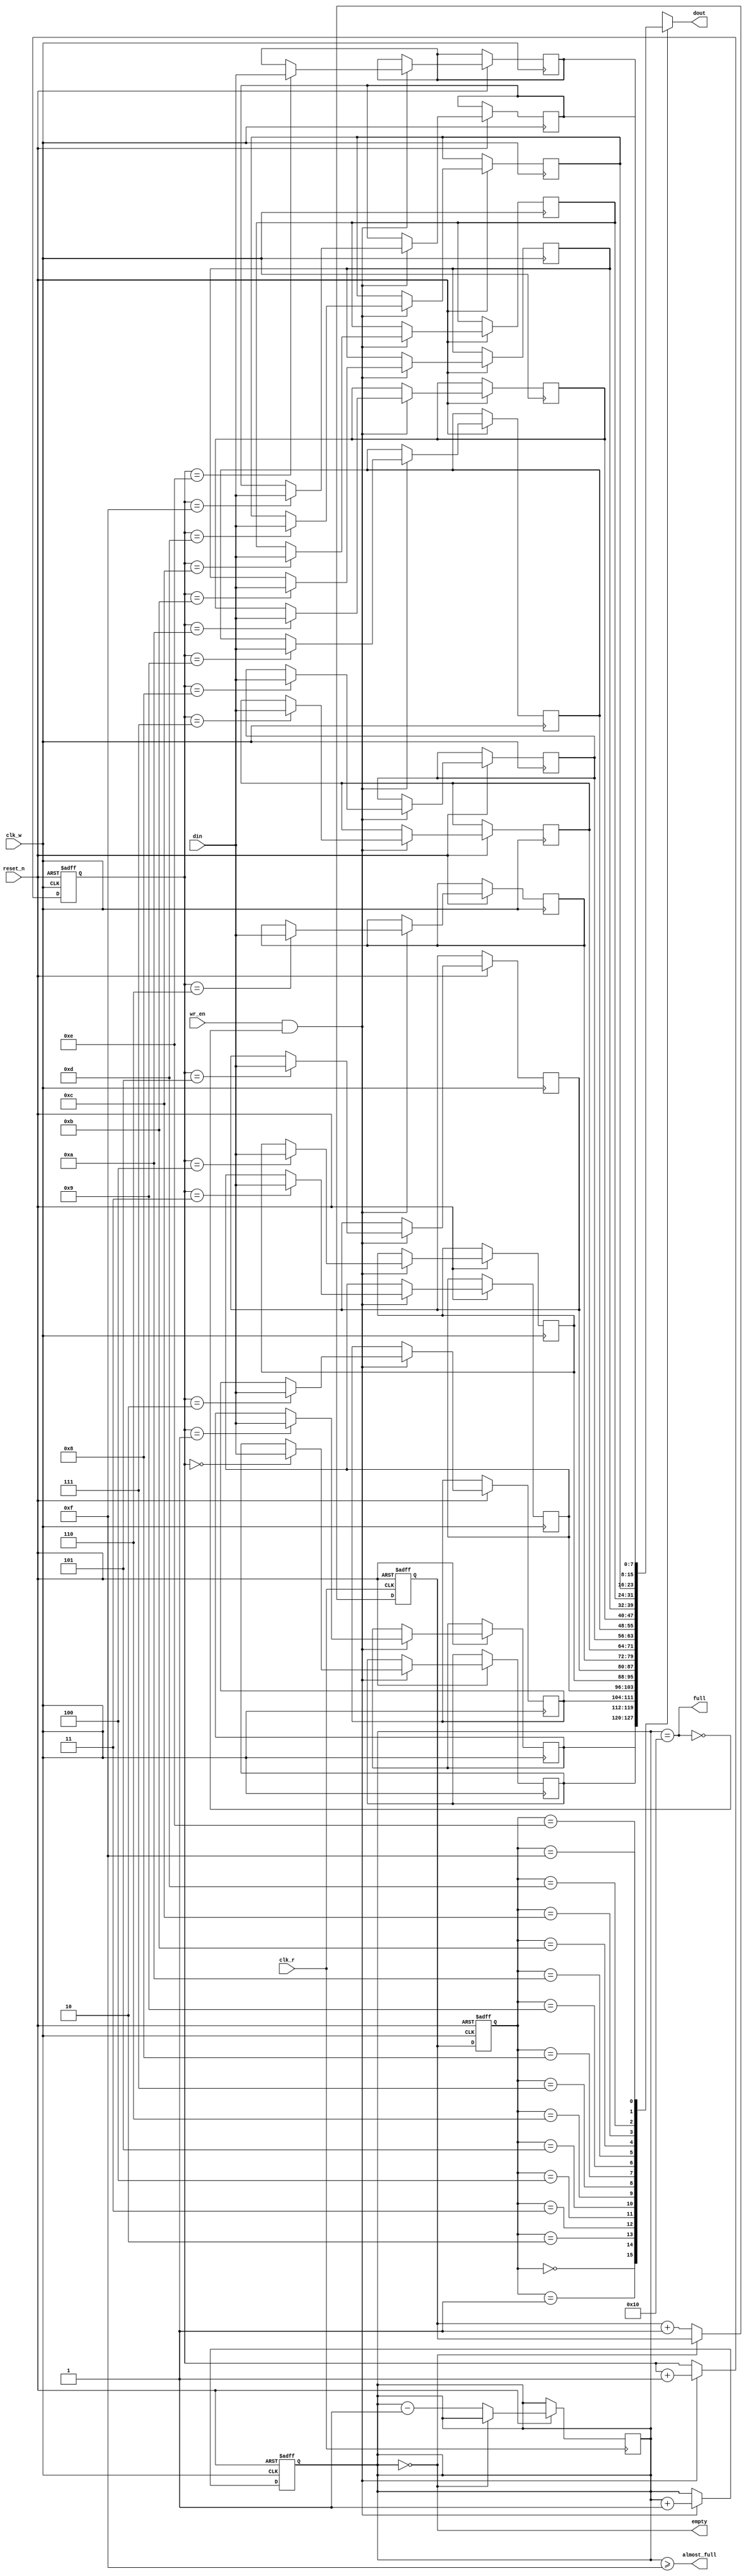
module fifo_sync #(
    parameter DATA_WIDTH = 8,   // Data width
    parameter FIFO_DEPTH = 16    // FIFO depth
) (
    input  wire                  clk_w,      // Write clock
    input  wire                  clk_r,      // Read clock
    input  wire                  reset_n,    // Asynchronous reset (active low)
    input  wire                  wr_en,      // Write enable
    input  wire [DATA_WIDTH-1:0] din,       // Data input
    output wire                  full,       // FIFO full flag
    output wire                  empty,      // FIFO empty flag
    output wire                  almost_full, // Almost full flag
    output wire [DATA_WIDTH-1:0] dout       // Data output
);

    // FIFO memory declaration
    reg [DATA_WIDTH-1:0] fifo_mem [0:FIFO_DEPTH-1];

    // Write pointer and read pointer
    reg [$clog2(FIFO_DEPTH)-1:0] wr_ptr;
    reg [$clog2(FIFO_DEPTH)-1:0] rd_ptr;
    
    // Write and read counts
    reg [$clog2(FIFO_DEPTH+1)-1:0] count;

    // Synchronization of write and read pointers
    reg [$clog2(FIFO_DEPTH)-1:0] wr_ptr_sync;
    reg [$clog2(FIFO_DEPTH)-1:0] rd_ptr_sync;

    // Reset and initialization logic
    always @(posedge clk_w or negedge reset_n) begin
        if (!reset_n) begin
            wr_ptr <= 0;
            count <= 0;
        end else if (wr_en && !full) begin
            fifo_mem[wr_ptr] <= din;
            wr_ptr <= wr_ptr + 1;
            count <= count + 1;
        end
    end

    always @(posedge clk_r or negedge reset_n) begin
        if (!reset_n) begin
            rd_ptr <= 0;
        end else if (!empty) begin
            rd_ptr <= rd_ptr + 1;
            count <= count - 1;
        end
    end

    // Synchronizing the write pointer to the read domain
    always @(posedge clk_r or negedge reset_n) begin
        if (!reset_n) begin
            wr_ptr_sync <= 0;
        end else begin
            wr_ptr_sync <= wr_ptr;
        end
    end

    // Synchronizing the read pointer to the write domain
    always @(posedge clk_w or negedge reset_n) begin
        if (!reset_n) begin
            rd_ptr_sync <= 0;
        end else begin
            rd_ptr_sync <= rd_ptr;
        end
    end

    // Status flags
    assign empty = (count == 0);
    assign full = (count == FIFO_DEPTH);
    assign almost_full = (count >= (FIFO_DEPTH - 1));

    // Data output
    assign dout = fifo_mem[rd_ptr_sync];

endmodule